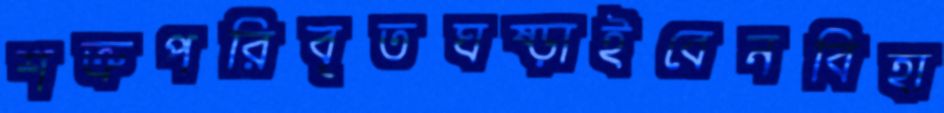
শত্রুপরিবৃতঘষ্‌ড়াইবেনবিহা